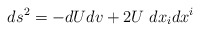
\begin{align*}ds^{2}= -dUdv + 2 U \ dx_i dx^i\end{align*}